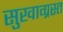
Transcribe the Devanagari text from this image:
सुखाग्रस्‍त